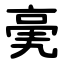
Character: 亴